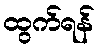
ထွက်ရန်